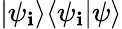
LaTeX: |\psi_{\mathbf{i}}\rangle\langle\psi_{\mathbf{i}}|\psi\rangle